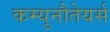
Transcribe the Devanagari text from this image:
कम्युनौतेयर्स